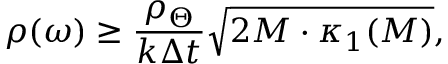
\rho ( \omega ) \geq \frac { \rho _ { \Theta } } { k \Delta t } \sqrt { 2 M \cdot \kappa _ { 1 } ( M ) } ,